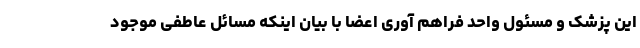
این پزشک و مسئول واحد فراهم آوری اعضا با بیان اینکه مسائل عاطفی موجود